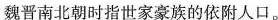
魏晋南北朝时指世家豪族的依附人口。